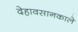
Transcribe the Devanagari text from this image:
देहावसानकाले